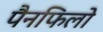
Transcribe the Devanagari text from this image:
पैनफिलो